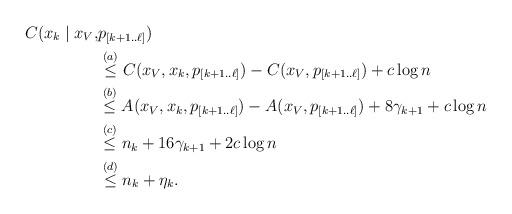
LaTeX: \begin{align*} C(x_k \mid x_V, & p_{[k+1..\ell]}) \\ & \stackrel{(a)}{\leq} C(x_{V}, x_k, p_{[k+1..\ell]}) - C(x_{V}, p_{[k+1..\ell]}) + c \log n \\ & \stackrel{(b)}{\leq} A(x_{V}, x_k, p_{[k+1..\ell]}) - A(x_{V}, p_{[k+1..\ell]})+ 8 \gamma_{k+1} + c \log n\\ & \stackrel{(c)}{\leq} n_k + 16 \gamma_{k+1} + 2c \log n \\ & \stackrel{(d)}{\leq} n_k + \eta_k. \end{align*}